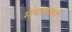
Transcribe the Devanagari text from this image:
मंचरमार्गे